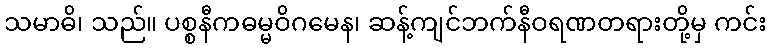
သမာဓိ၊ သည်။ ပစ္စနီကဓမ္မဝိဂမေန၊ ဆန့်ကျင်ဘက်နီဝရဏတရားတို့မှ ကင်း